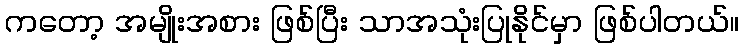
ကတော့ အမျိုးအစား ဖြစ်ပြီး သာအသုံးပြုနိုင်မှာ ဖြစ်ပါတယ်။